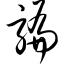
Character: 骗